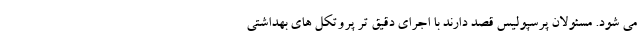
می شود. مسئولان پرسپولیس قصد دارند با اجرای دقیق تر پروتکل های بهداشتی